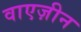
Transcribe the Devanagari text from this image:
वाएज़ीन